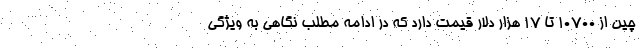
چین از 10700 تا 17 هزار دلار قیمت دارد که در ادامه مطلب نگاهی به ویژگی